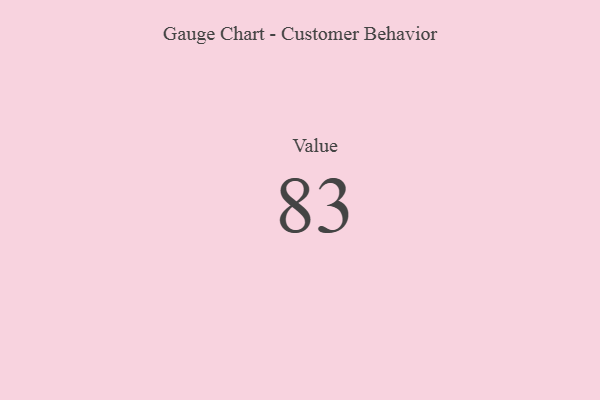
{"axis": {"x": "Metric", "y": "Value"}, "legend": [""], "data": [{"x": "Value", "y": 83, "type": ""}]}